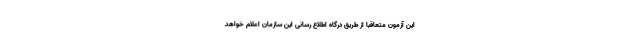
این آزمون متعاقباً از طریق درگاه اطلاع رسانی این سازمان اعلام خواهد